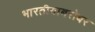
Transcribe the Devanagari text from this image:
भारतीयाबरोबर